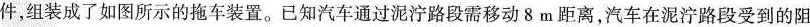
件，组装成了如图所示的拖车装置。已知汽车通过泥泞路段需移动8m距离，汽车在泥泞路段受到的阻